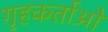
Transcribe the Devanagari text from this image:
गृहकर्ताओ